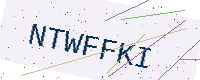
Text: NTWFFKI